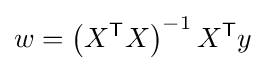
w=\left(X^{\mathsf {T}}X\right)^{-1}X^{\mathsf {T}}y